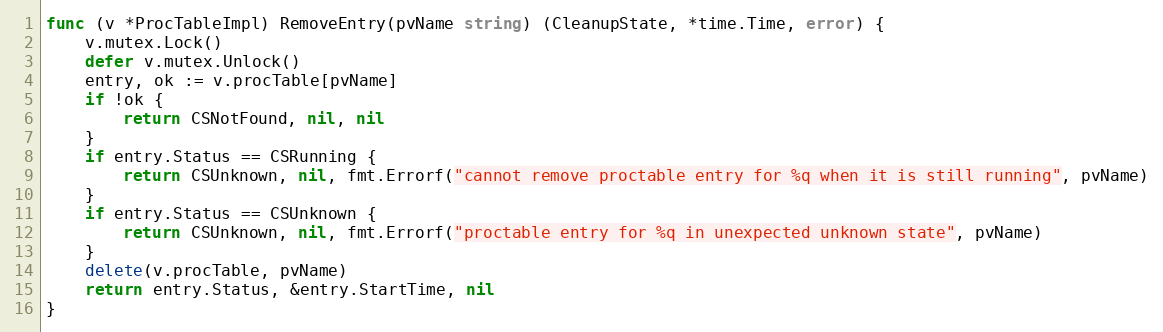
Language: Go
func (v *ProcTableImpl) RemoveEntry(pvName string) (CleanupState, *time.Time, error) {
	v.mutex.Lock()
	defer v.mutex.Unlock()
	entry, ok := v.procTable[pvName]
	if !ok {
		return CSNotFound, nil, nil
	}
	if entry.Status == CSRunning {
		return CSUnknown, nil, fmt.Errorf("cannot remove proctable entry for %q when it is still running", pvName)
	}
	if entry.Status == CSUnknown {
		return CSUnknown, nil, fmt.Errorf("proctable entry for %q in unexpected unknown state", pvName)
	}
	delete(v.procTable, pvName)
	return entry.Status, &entry.StartTime, nil
}